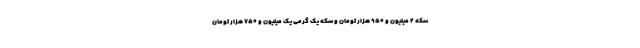
سکه ۲ میلیون و ۹۵۰ هزار تومان و سکه یک گرمی یک میلیون و ۷۵۰ هزار تومان